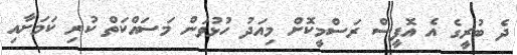
ދެ ބުރީގެ އެ އޮފީސް ރަސްމީކޮށް މިއަދު ހުޅުވަން މަސައްކަތް ކުރި ކަމަށާއި